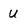
Character: u